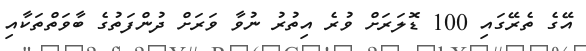
އޭގެ ތެރޭގައި 100 ޑޮލަރަށް ވުރެ އިތުރު ނުވާ ވަރަށް ދުންފަތުގެ ބާވަތްތަކާއި